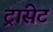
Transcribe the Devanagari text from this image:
ट्रांसेट